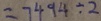
= 7 4 9 4 \div 2